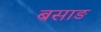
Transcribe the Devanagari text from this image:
बसाङ